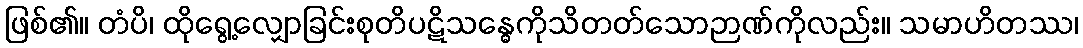
ဖြစ်၏။ တံပိ၊ ထိုရွေ့လျှောခြင်းစုတိပဋိသန္ဓေကိုသိတတ်သောဉာဏ်ကိုလည်း။ သမာဟိတဿ၊